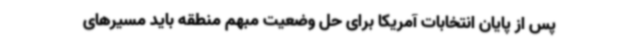
پس از پایان انتخابات آمریکا برای حل وضعیت مبهم منطقه باید مسیرهای